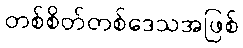
တစ်စိတ်တစ်ဒေသအဖြစ်